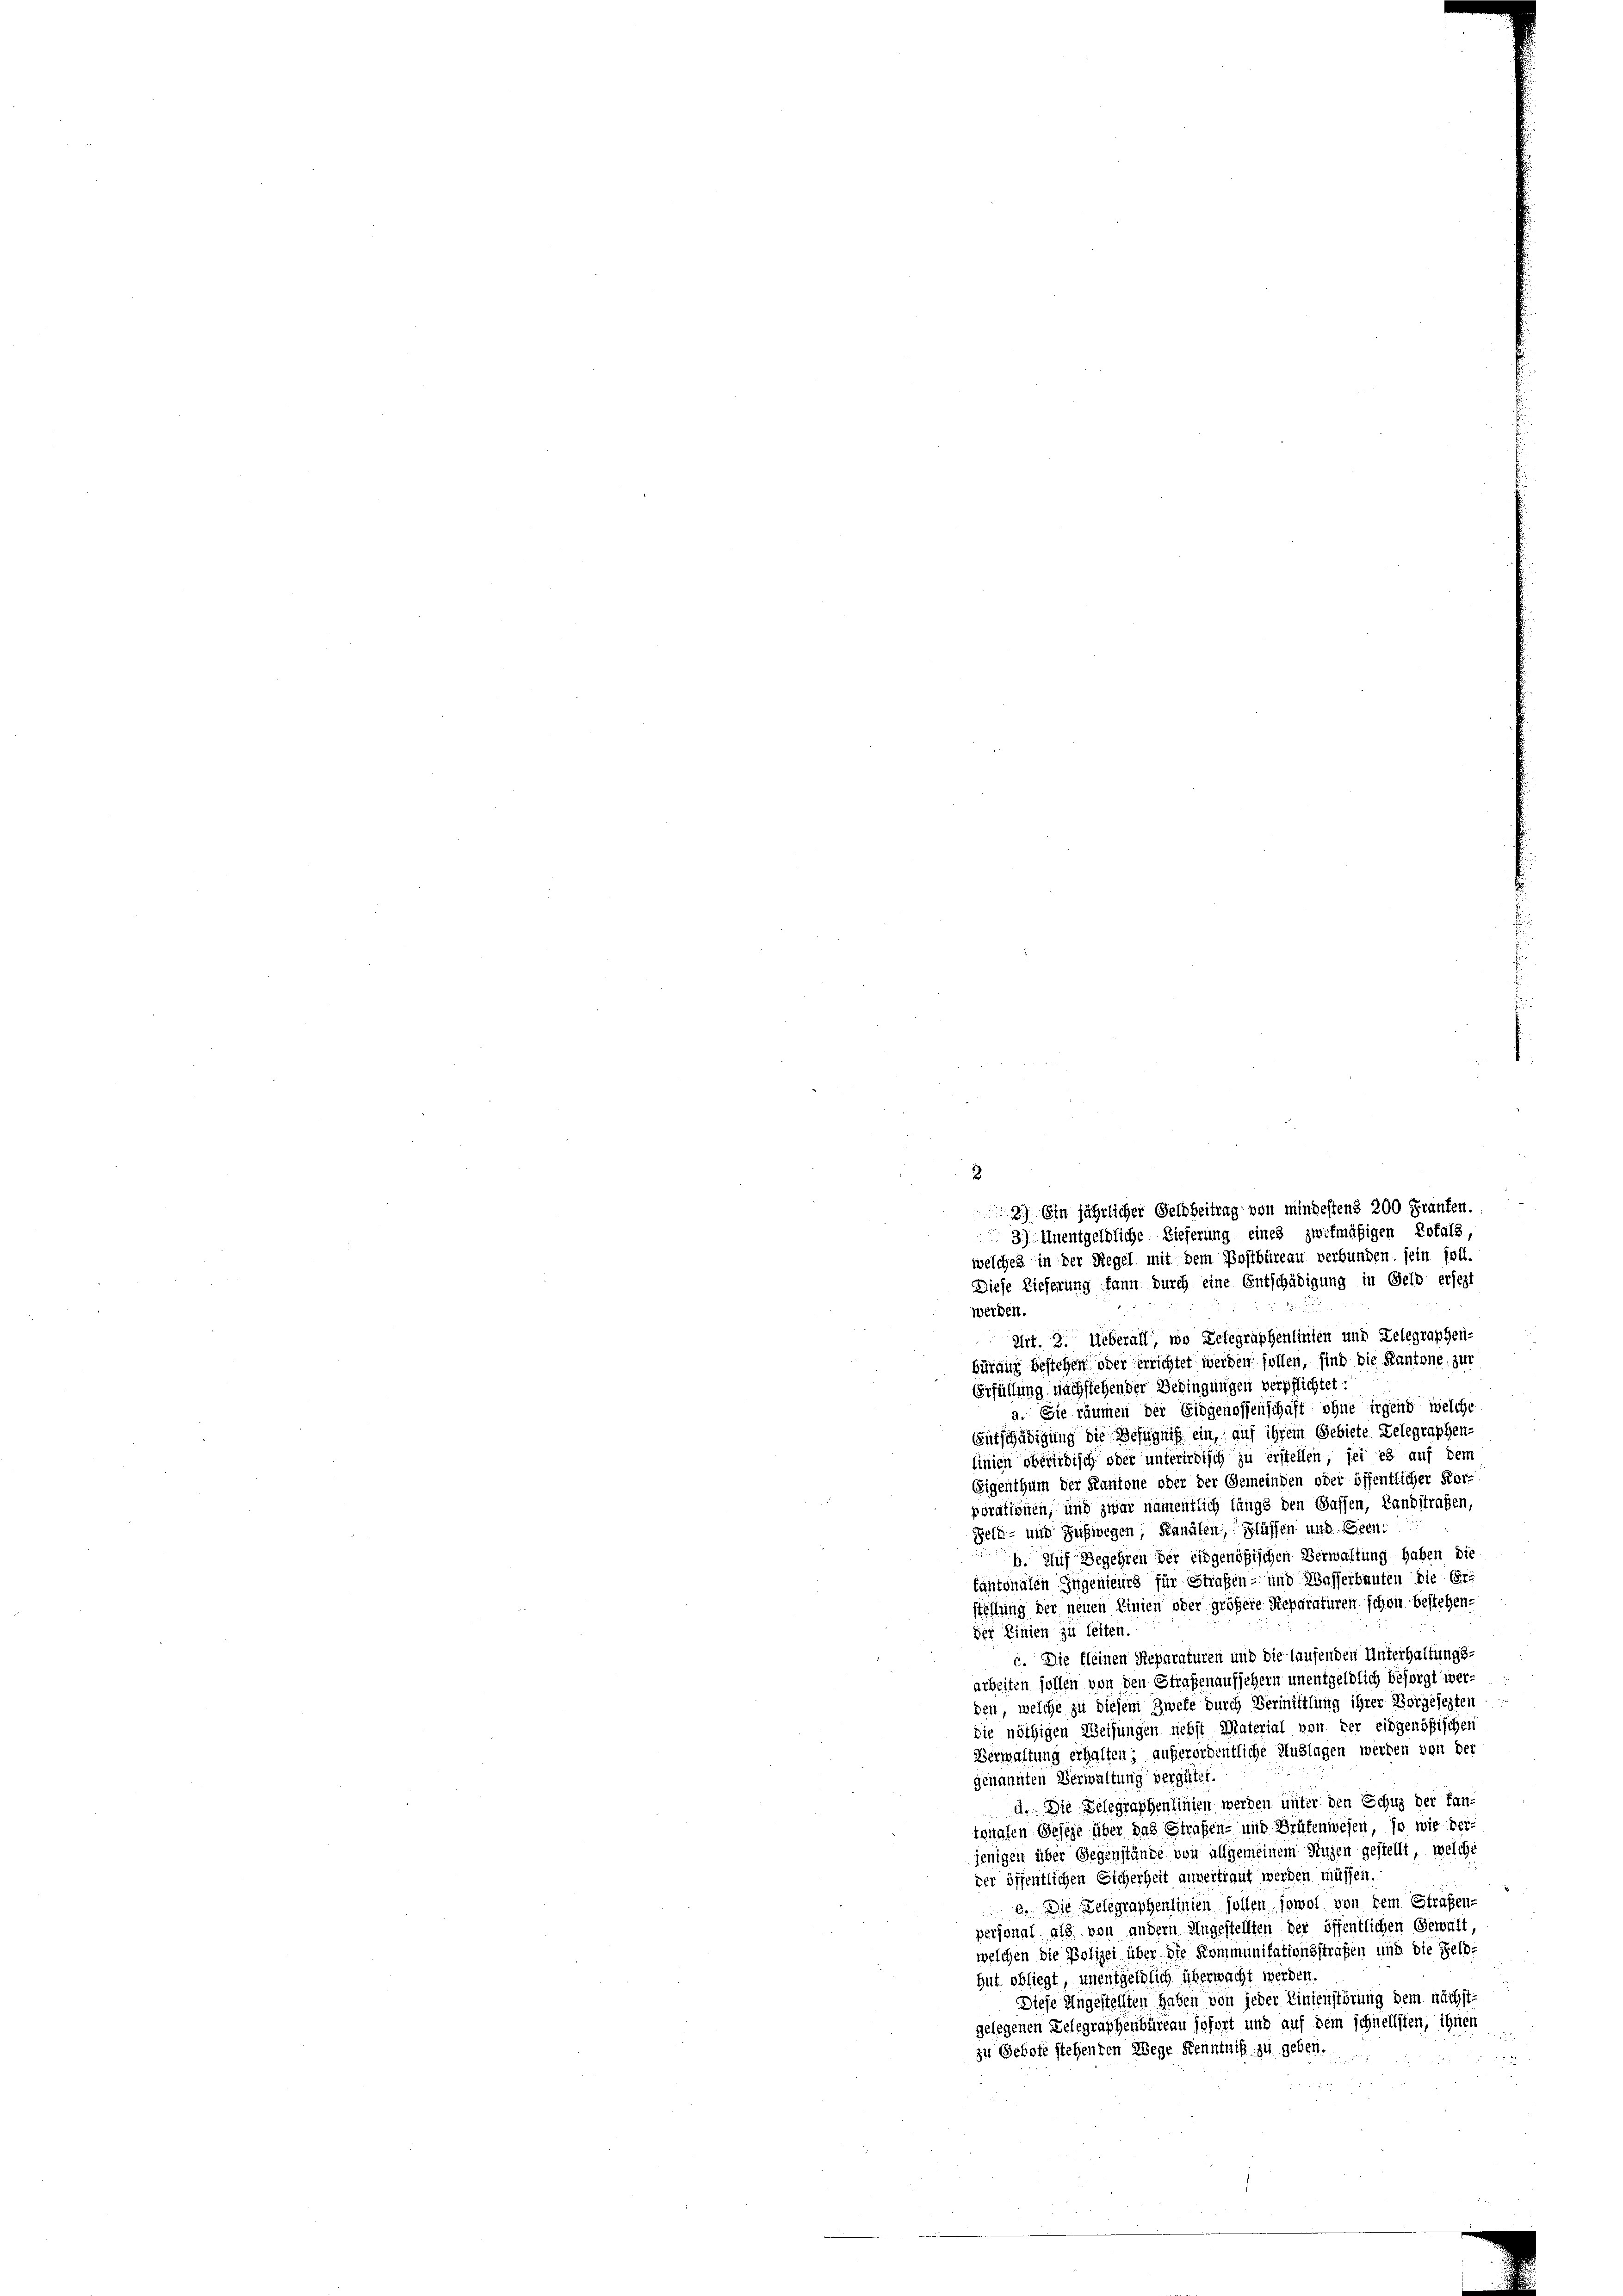
3

welches in der Regel mit dem Postbüreau verbunden, sein soll.
Diese Lieferung kann durch eine Entschädigung in Geld ersezt
werden.
Art. 2. Ueberall, wo Telegraphenlinten und Telegraphen-
bürauf bestehen oder errichtet werden sollen, sind die Kantone zur
Erfüllung, nachstehender Bedingungen verpflichtet:
a. Sie räumen der Eidgenossenschaft ohne irgend welche
Entschädigung die Befugniß ein, auf ihrem Gebiete Gelegraphen-
linien oberirdisch oder unterirdisch zu erstellen sei es auf dem
Eigenthum der Kantone oder der Gemeinden oder öffentlicher Kor-
porationen, und zwar namentlich längs den Gassen, Landstraßen,
Feld- und Auswegen, Kanälen, Flüssen und Eigen:
b. Auf Begehren der eidgenößischen Verwaltung haben die
fähtonalen Jugenieurs für Strafen- und Wasserbauten die Erstellung der neuen Linien oder größere Reparaturen schon bestehender Linien zu leiten.
c. Die kleinen Reparaturen und die laufenden Unterhaltungs-
arbeiten sollen von den Straßenaufsehern unentgeldlich besorgt werden, welche zu diesem Zweke durch Vermittlung ihrer Vorgesezten
die nöthigen Weisungen nebst Material von der eidgenößischen
Verwaltung erhalten; außerordentliche Auslagen werden von der
genannten Verwaltung vergütet.
d. Die Gelegraphenlinien werden unter den Schus der fan-
tonalen Geseze über das Straßen- und Brüfenwesen, so wie ver-
jenigen über Gegenstände von allgemeinem Nuzen gestellt, welche
der öffentlichen Sicherheit anvertraut werden müssen.
e. Die Telegraphenlinien sollen, sowol von dem Strafen-
personal als von andern Angestellten der öffentlichen Gewalt,
welchen die Polizei über die Kommunitationsstrafen und die Feldhut obliegt, unentgeldlich überwacht werden.
Diese Angestellten haben von jeder Linienstörung dem nächst
gelegenen Delegraphenbüreau sofort und auf dem schnellsten, ihnen
zu Gehöfe stehenden Wege Kenntniß zu geben.
2

2) Ein jährlicher Geldbeitrag von mindestens 200 Franken.
3) Unentgeldliche Lieferung eines zwifmäßigen Kofals,